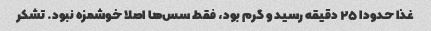
غذا حدودا ۲۵ دقیقه رسید و گرم بود، فقط سس‌ها اصلا خوشمزه نبود. تشکر